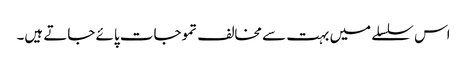
اس سلسلے میں بہت سے مخالف تموجات پائے جاتے ہیں۔